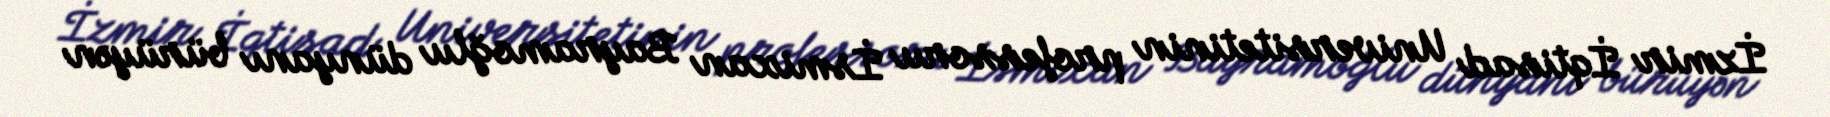
İzmir İqtisad Universitetinin professoru İsmixan Bayramoğlu dünyanı bürüyən